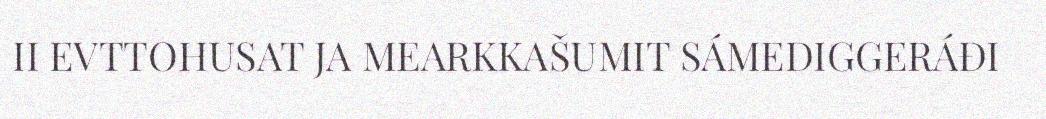
II EVTTOHUSAT JA MEARKKAŠUMIT SÁMEDIGGERÁĐI